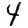
Digit: 4